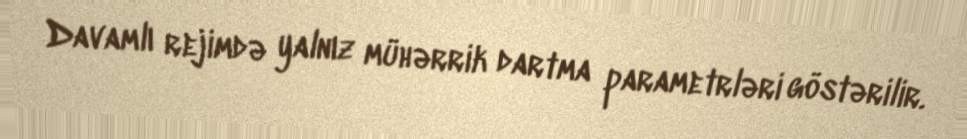
Davamlı rejimdə yalnız mühərrik dartma parametrləri göstərilir.